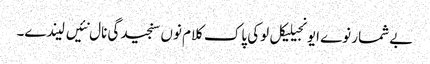
بے شمار نوے ایونجیلیکل لوکی پاک کلام نوں سنجیدگی نال نئیں لیندے۔